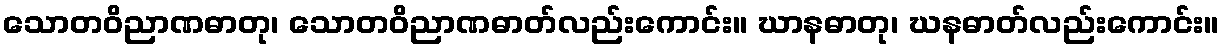
သောတဝိညာဏဓာတု၊ သောတဝိညာဏဓာတ်လည်းကောင်း။ ဃာနဓာတု၊ ဃနဓာတ်လည်းကောင်း။